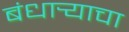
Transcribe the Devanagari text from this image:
बंधार्‍याचा